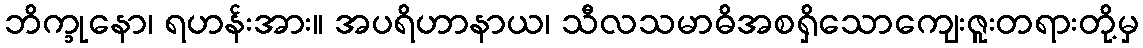
ဘိက္ခုနော၊ ရဟန်းအား။ အပရိဟာနာယ၊ သီလသမာဓိအစရှိသောကျေးဇူးတရားတို့မှ